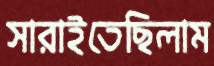
সারাইতেছিলাম